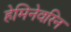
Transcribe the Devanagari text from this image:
हेमिनेवरिन